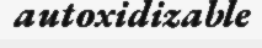
autoxidizable